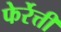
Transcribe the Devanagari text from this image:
फेर्रेत्ती